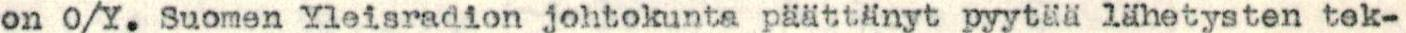
on O/Y. Suomen Yleisradion johtokunta päättänyt pyytää lähetysten tek-